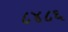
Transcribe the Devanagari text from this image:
८४८६